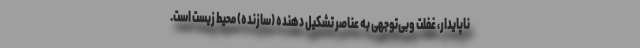
ناپایدار، غفلت وبی‌توجهی به عناصر تشکیل دهنده (سازنده) محیط زیست است.